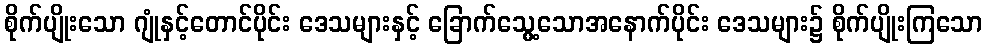
စိုက်ပျိုးသော ဂျုံနှင့်တောင်ပိုင်း ဒေသများနှင့် ခြောက်သွေ့သောအနောက်ပိုင်း ဒေသများ၌ စိုက်ပျိုးကြသော